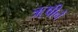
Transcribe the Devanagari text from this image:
ॠषीनें